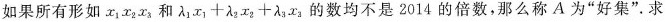
如果所有形如 x_{1}x_{2}x_{3} 和